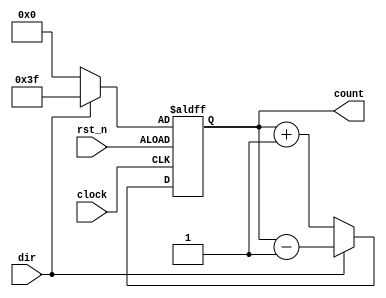
module counter_simple(output reg [5:0]count, input clock , input rst_n , input dir);
	always@(posedge clock or negedge rst_n)
	begin
		if (!rst_n)
			count <= (dir)? 6'b11_1111 : 6'b0;
		else
			begin
				if (!dir)
					count <= count + 1;
				else
					count <= count - 1;
			end
	end
endmodule